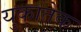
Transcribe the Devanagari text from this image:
युकातेक